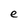
Character: e